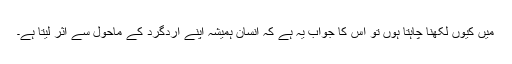
میں کیوں لکھنا چاہتا ہوں تو اس کا جواب یہ ہے کہ انسان ہمیشہ اپنے اردگرد کے ماحول سے اثر لیتا ہے۔